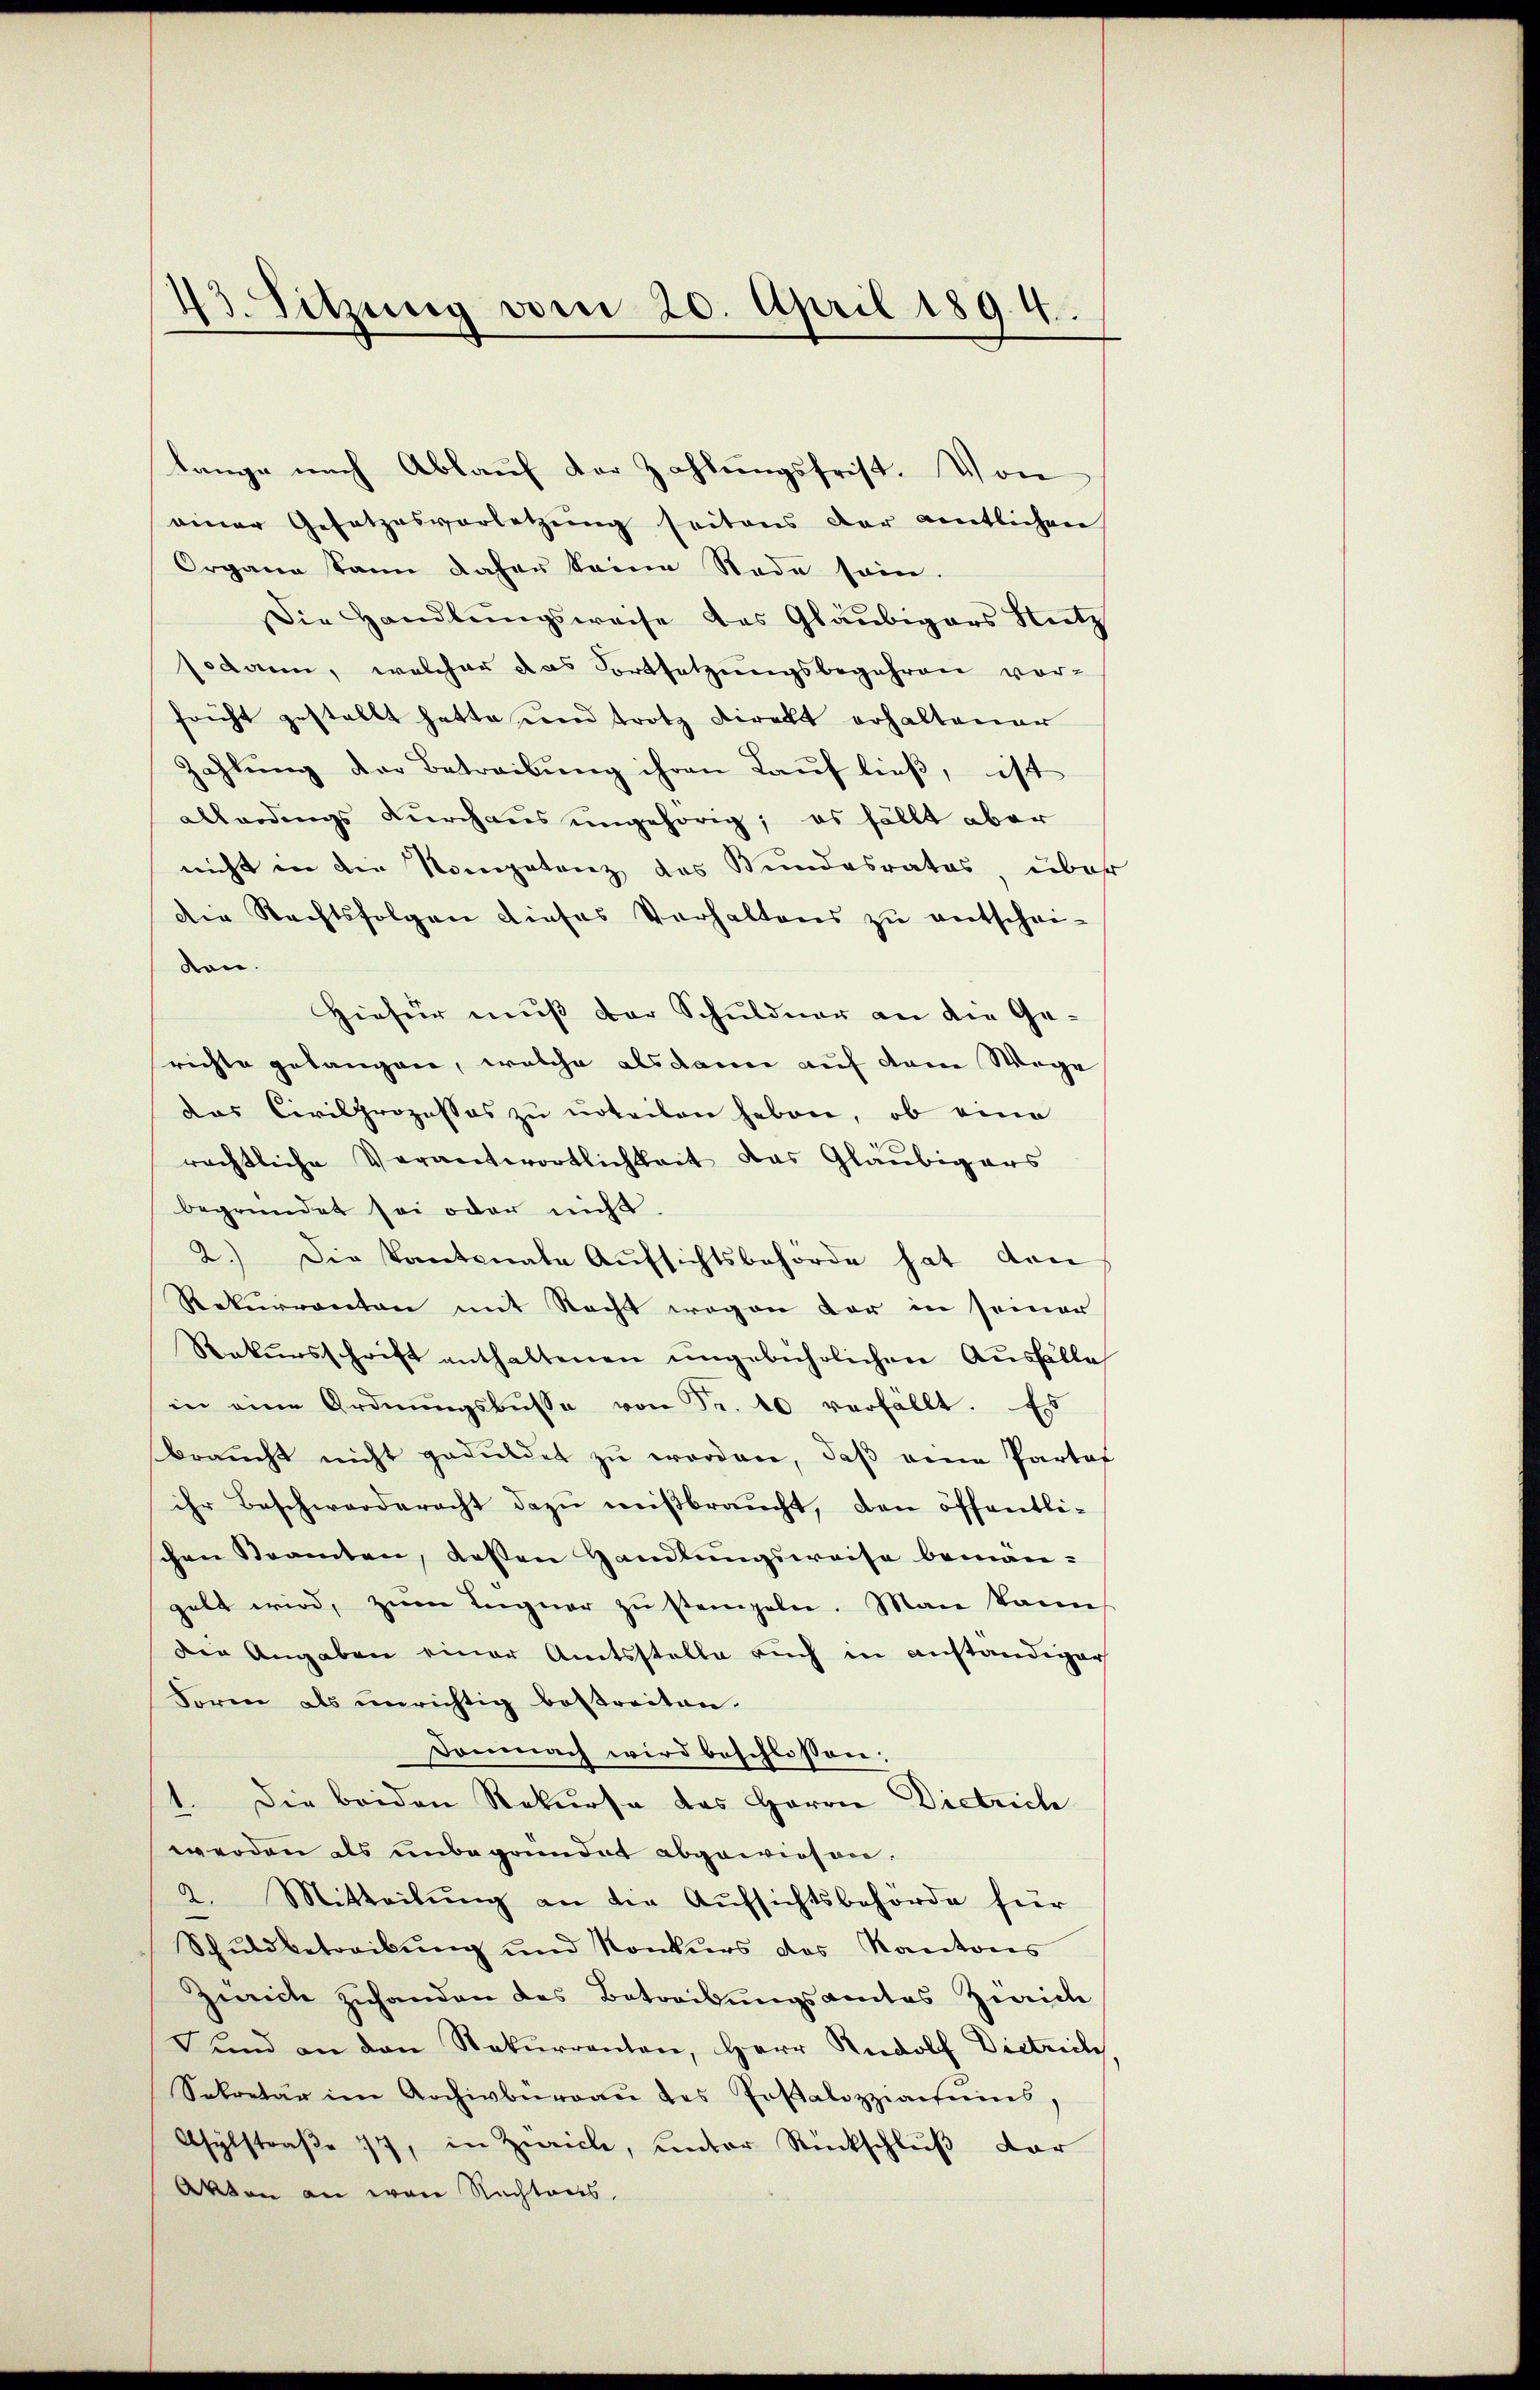
43. Sitzung vom 20. April 1894.

tange nach Ablauf der Zahlungsfrist. Von
einer Gesetzesvorletzŭng seitens der amtlichen
Organe kann daher keine Rede sein.
Die Handlŭngsweise das Gläubigers Nutz
sodann, welcher das Fortsetzungsbegehren vor-
fricht gestellt hatte und trotz Direkt erhaltener
Zahlung der Betreibung ihren Lauf ließ, ist
allerdings durchaus ungehörig; es fällt aber
nicht in die Kompetenz des Bundesrates, über
die Rechtsfolgen dieses Verhaltens zŭ entschei-
ten.
Hiefür muß der Schuldner an die Gerichte gelangen, welche alsdann auf dem Wege
das Civilprozesses zu urteilen haben, ob eine
rechtliche Verantwortlichkeit das Gläubigers
begründet sei oder nicht
2.) Die Kantonale Aŭfsichtsbehörde hat den
Rekurrenten mit Nacht wegen der in seiner
Rekŭrsschrift enthaltenen ŭngebührlichen Aŭsfälle
in eine Ordnŭngsbŭsse von Fr. 10 verfällt. Es
braucht nicht geduldet zu worden, daß eine Partof
ihr Beschwerderecht dazu mißbraucht, den öffentlischen Steamten, dassen Handlungsweise bemangelt wird, zum Ingner zu stempeln. Man kann
Die Angaben einer Amtsstelle auch in anständiger
Form als unrichtig bestreiten.
Domnach wird beschlossen;
1. Die beiden Rekurse das Herrn Dietrich
werden als unbegründet abgewiesen.
2. Mitteilŭng an die Aufsichtsbehörde für
Schuldbetreibŭng und Konkurs des Kantons
Zürich zuhanden des Betreibungsamtes Zürich
und an den Rekurrenten, Herr Rudolf Dietrich
Sekretär im Archivbüreaŭ des Postalozziacheins,
Asylstraße 17, in Zürich, unter Rückschluß dar
Akten an von Nachtaus,